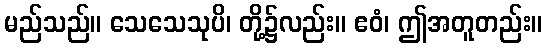
မည်သည်။ သေသေသုပိ၊ တို့၌လည်း။ ဧဝံ၊ ဤအတူတည်း။